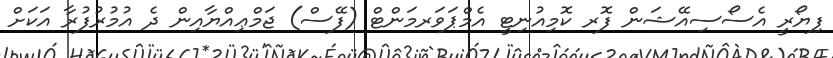
ފިޔޯރީ އެސޯސިއޭޝަން ފޮރ ކޮމިއުނިޓީ އެމްޕަވަރމަންޓް (ފޭސް) ޖަމްޢިއްޔާއިން ދެ އުމުރުފުރާ އަކަށް